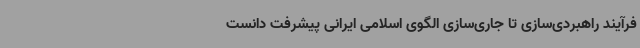
فرآیند راهبردی‌سازی تا جاری‌سازی الگوی اسلامی ایرانی پیشرفت دانست